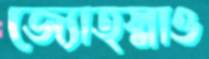
জ্যোত্স্নাও